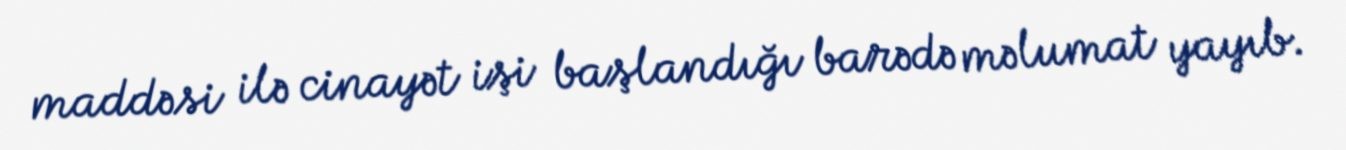
maddəsi ilə cinayət işi başlandığı barədə məlumat yayıb.